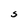
Character: S